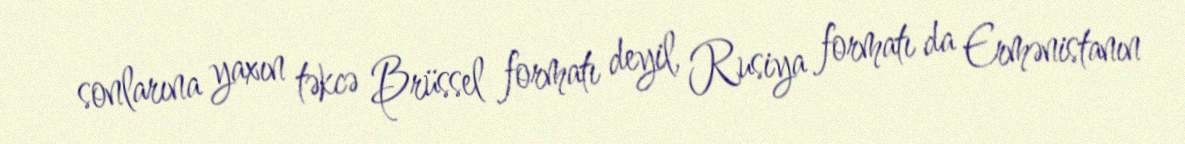
sonlarına yaxın təkcə Brüssel formatı deyil, Rusiya formatı da Ermənistanın